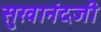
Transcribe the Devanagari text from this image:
सुखानंदजी